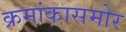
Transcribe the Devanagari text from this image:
क्रमांकासमोर